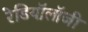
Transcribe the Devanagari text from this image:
रेडियॉलॉजी